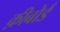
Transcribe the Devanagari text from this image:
क़ीबोर्ड